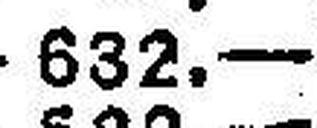
632.—